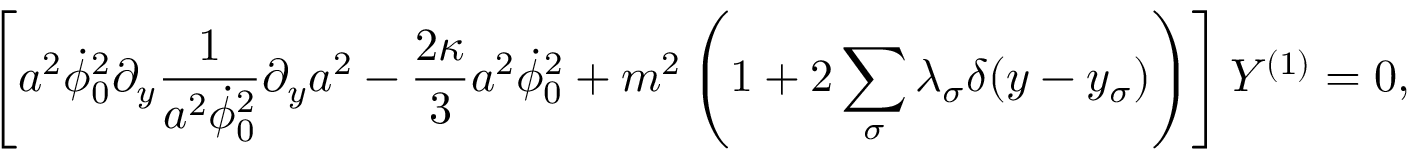
\left[ a ^ { 2 } \dot { \phi } _ { 0 } ^ { 2 } \partial _ { y } \frac { 1 } { a ^ { 2 } \dot { \phi } _ { 0 } ^ { 2 } } \partial _ { y } a ^ { 2 } - \frac { 2 \kappa } { 3 } a ^ { 2 } \dot { \phi } _ { 0 } ^ { 2 } + m ^ { 2 } \left( 1 + 2 \sum _ { \sigma } \lambda _ { \sigma } \delta ( y - y _ { \sigma } ) \right) \right] Y ^ { ( 1 ) } = 0 ,